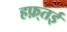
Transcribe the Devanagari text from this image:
हफ़्तई